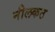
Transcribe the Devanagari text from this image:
नीलकठ